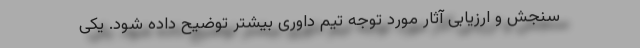
سنجش و ارزیابی آثار مورد توجه تیم داوری بیشتر توضیح داده شود. یکی